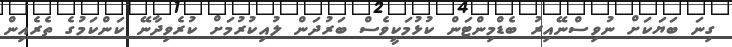
ގިނަ ބަޔަކަށް ނުވިސްނޭއިރު ބެޑްމިންޓަން ކުޅުމަކީވެސް ބަރުދަން ލުއިކުރުމަށް ކުރެވިދާނޭ ކަންކަމުގެ ތެރެއިން